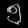
Digit: ၅